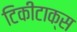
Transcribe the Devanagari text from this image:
टिकीटाक्स